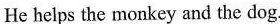
He helps the monkey and the dog.